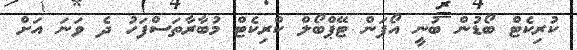
ކުރިކެޓް ބޯޑުން ބުނީ އޯޕަން ޓޭޕްބޯލް ކްރިކެޓް މުބާރާތަސްފަހު ދެ ވަނަ އަށް